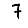
Digit: 7